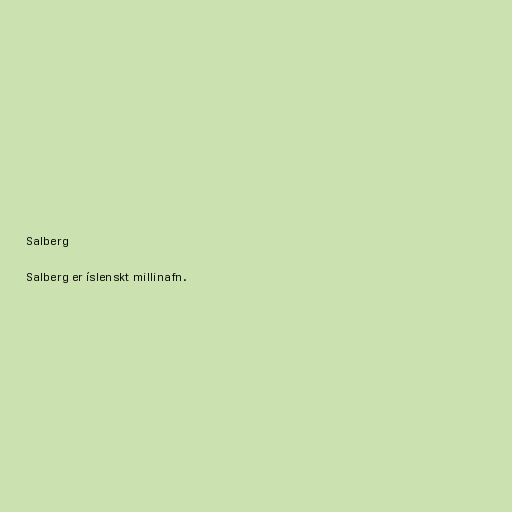
Salberg

Salberg er íslenskt millinafn.